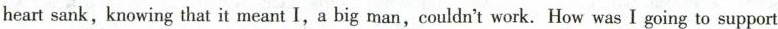
heart sank,knowing that it meant I,a big man,couldn't work. How was I going to support